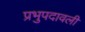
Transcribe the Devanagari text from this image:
प्रभुपदावली